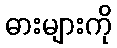
ဓားများကို